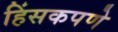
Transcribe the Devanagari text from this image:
हिंसकपणे